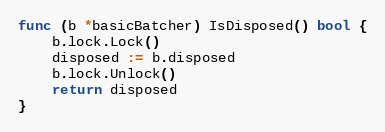
Language: Go
func (b *basicBatcher) IsDisposed() bool {
	b.lock.Lock()
	disposed := b.disposed
	b.lock.Unlock()
	return disposed
}